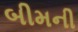
બીમની